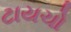
ટાયચો